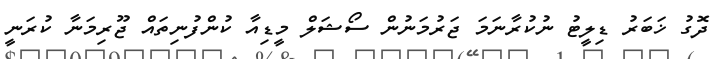
ދޮގު ޚަބަރު ޑިލީޓު ނުކުރާނަމަ ޖަރުމަނުން ސޯޝަލް މީޑިއާ ކުންފުނިތައް ޖޫރިމަނާ ކުރަނީ